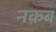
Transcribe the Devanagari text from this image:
नक़ब